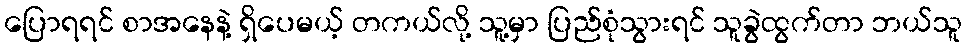
ပြောရရင် စာအနေနဲ့ ရှိပေမယ့် တကယ်လို့ သူ့မှာ ပြည်စုံသွားရင် သူခွဲထွက်တာ ဘယ်သူ